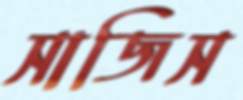
সাজিস